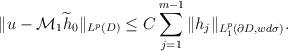
LaTeX: \begin{align*}\|u-\mathcal{M}_{1}\widetilde{h}_{0}\|_{L^{p}(D)}\leq C\sum_{j=1}^{m-1}\|h_{j}\|_{L_{1}^{p}(\partial D, wd\sigma)}.\end{align*}